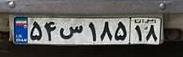
۵۴س۱۸۵۱۸